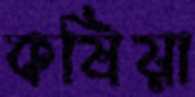
কষিয়া